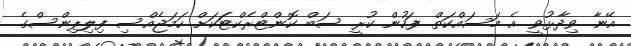
އޭނާ ވިދާޅުވީ އެ މަސައްކަތް ފަހުން ކުރީ ސަބް ކޮންޓްރެކްޓަަކަށް ހަމަޖެއްސި ފިލިޕިންސްގެ